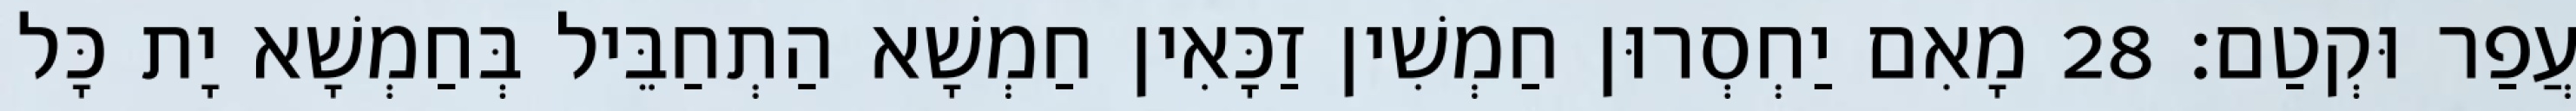
עֲפַר וּקְטַם׃ 28 מָאִם יַחְסְרוּן חַמְשִׁין זַכָּאִין חַמְשָׁא הַתְחַבֵּיל בְּחַמְשָׁא יָת כָּל